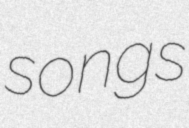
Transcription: songs